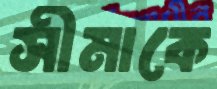
সীমাকে